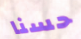
حسنا